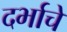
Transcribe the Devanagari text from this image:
दर्भाचे